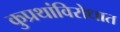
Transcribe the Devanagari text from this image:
कुप्रथांविरोधात